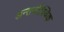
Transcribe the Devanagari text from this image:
अन्तरवैश्विक